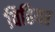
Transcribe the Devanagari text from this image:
विहियर